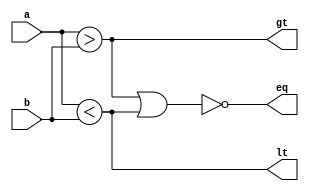
//		
//	Magnitude Comparator, 4 bit.
//	
//	port		:	a 		: in	: term 
//				:	b		: in	: term
//				:	gt		: out	: 1 if a > b
//				:	lt		: out	: 1 if a < b
//				:	eq		: out	: 1 if a == b
//


module Compare_4(a, b, gt, lt, eq);

	input [3:0] a, b;
	
	output gt, lt, eq;
	
	assign gt = a > b;
	assign lt = a < b;
	assign eq = ~(gt | lt);
	
endmodule